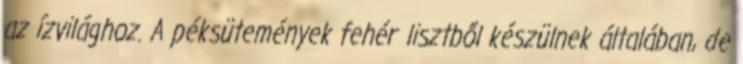
az ízvilághoz. A péksütemények fehér lisztből készülnek általában, de